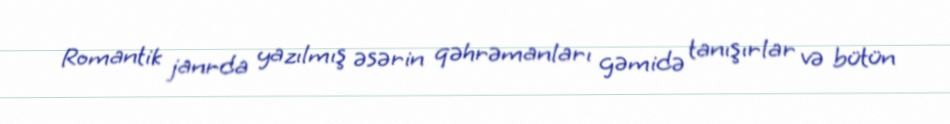
Romantik janrda yazılmış əsərin qəhrəmanları gəmidə tanışırlar və bütün